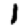
Digit: 1